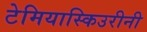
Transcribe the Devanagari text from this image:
टेमियास्किउरीनी